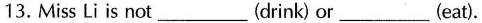
13. Miss Li is not__(drink) or__(eat).